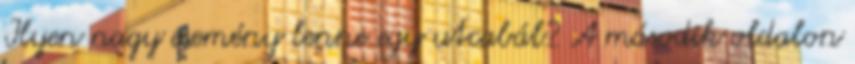
Ilyen nagy esemény lenne egy utcabál? A második oldalon